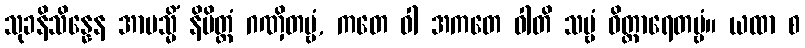
သုခနိသိန္နေန အာပသ္မိံ နိမိတ္တံ ဂဏှိတဗ္ဗံ, ကတေ ဝါ အကတေ ဝါတိ သဗ္ဗံ ဝိတ္ထာရေတဗ္ဗံ။ ယထာ စ